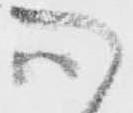
心